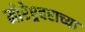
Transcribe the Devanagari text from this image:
मोरेश्र्वराच्या